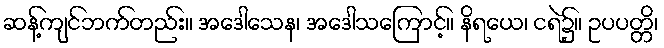
ဆန့်ကျင်ဘက်တည်း။ အဒေါသေန၊ အဒေါသကြောင့်။ နိရယေ၊ ငရဲ၌။ ဥပပတ္တိ၊